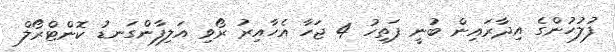
ފުލުހުންގެ އިދާރައިން ބުނީ ފަތިހު 4 ޖަހާ އެހާއިރު ރޯވި އަލިފާންގަނޑު ކޮންޓްރޯލް